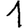
Digit: 1